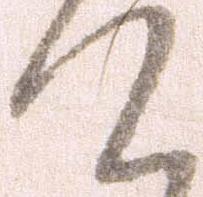
て